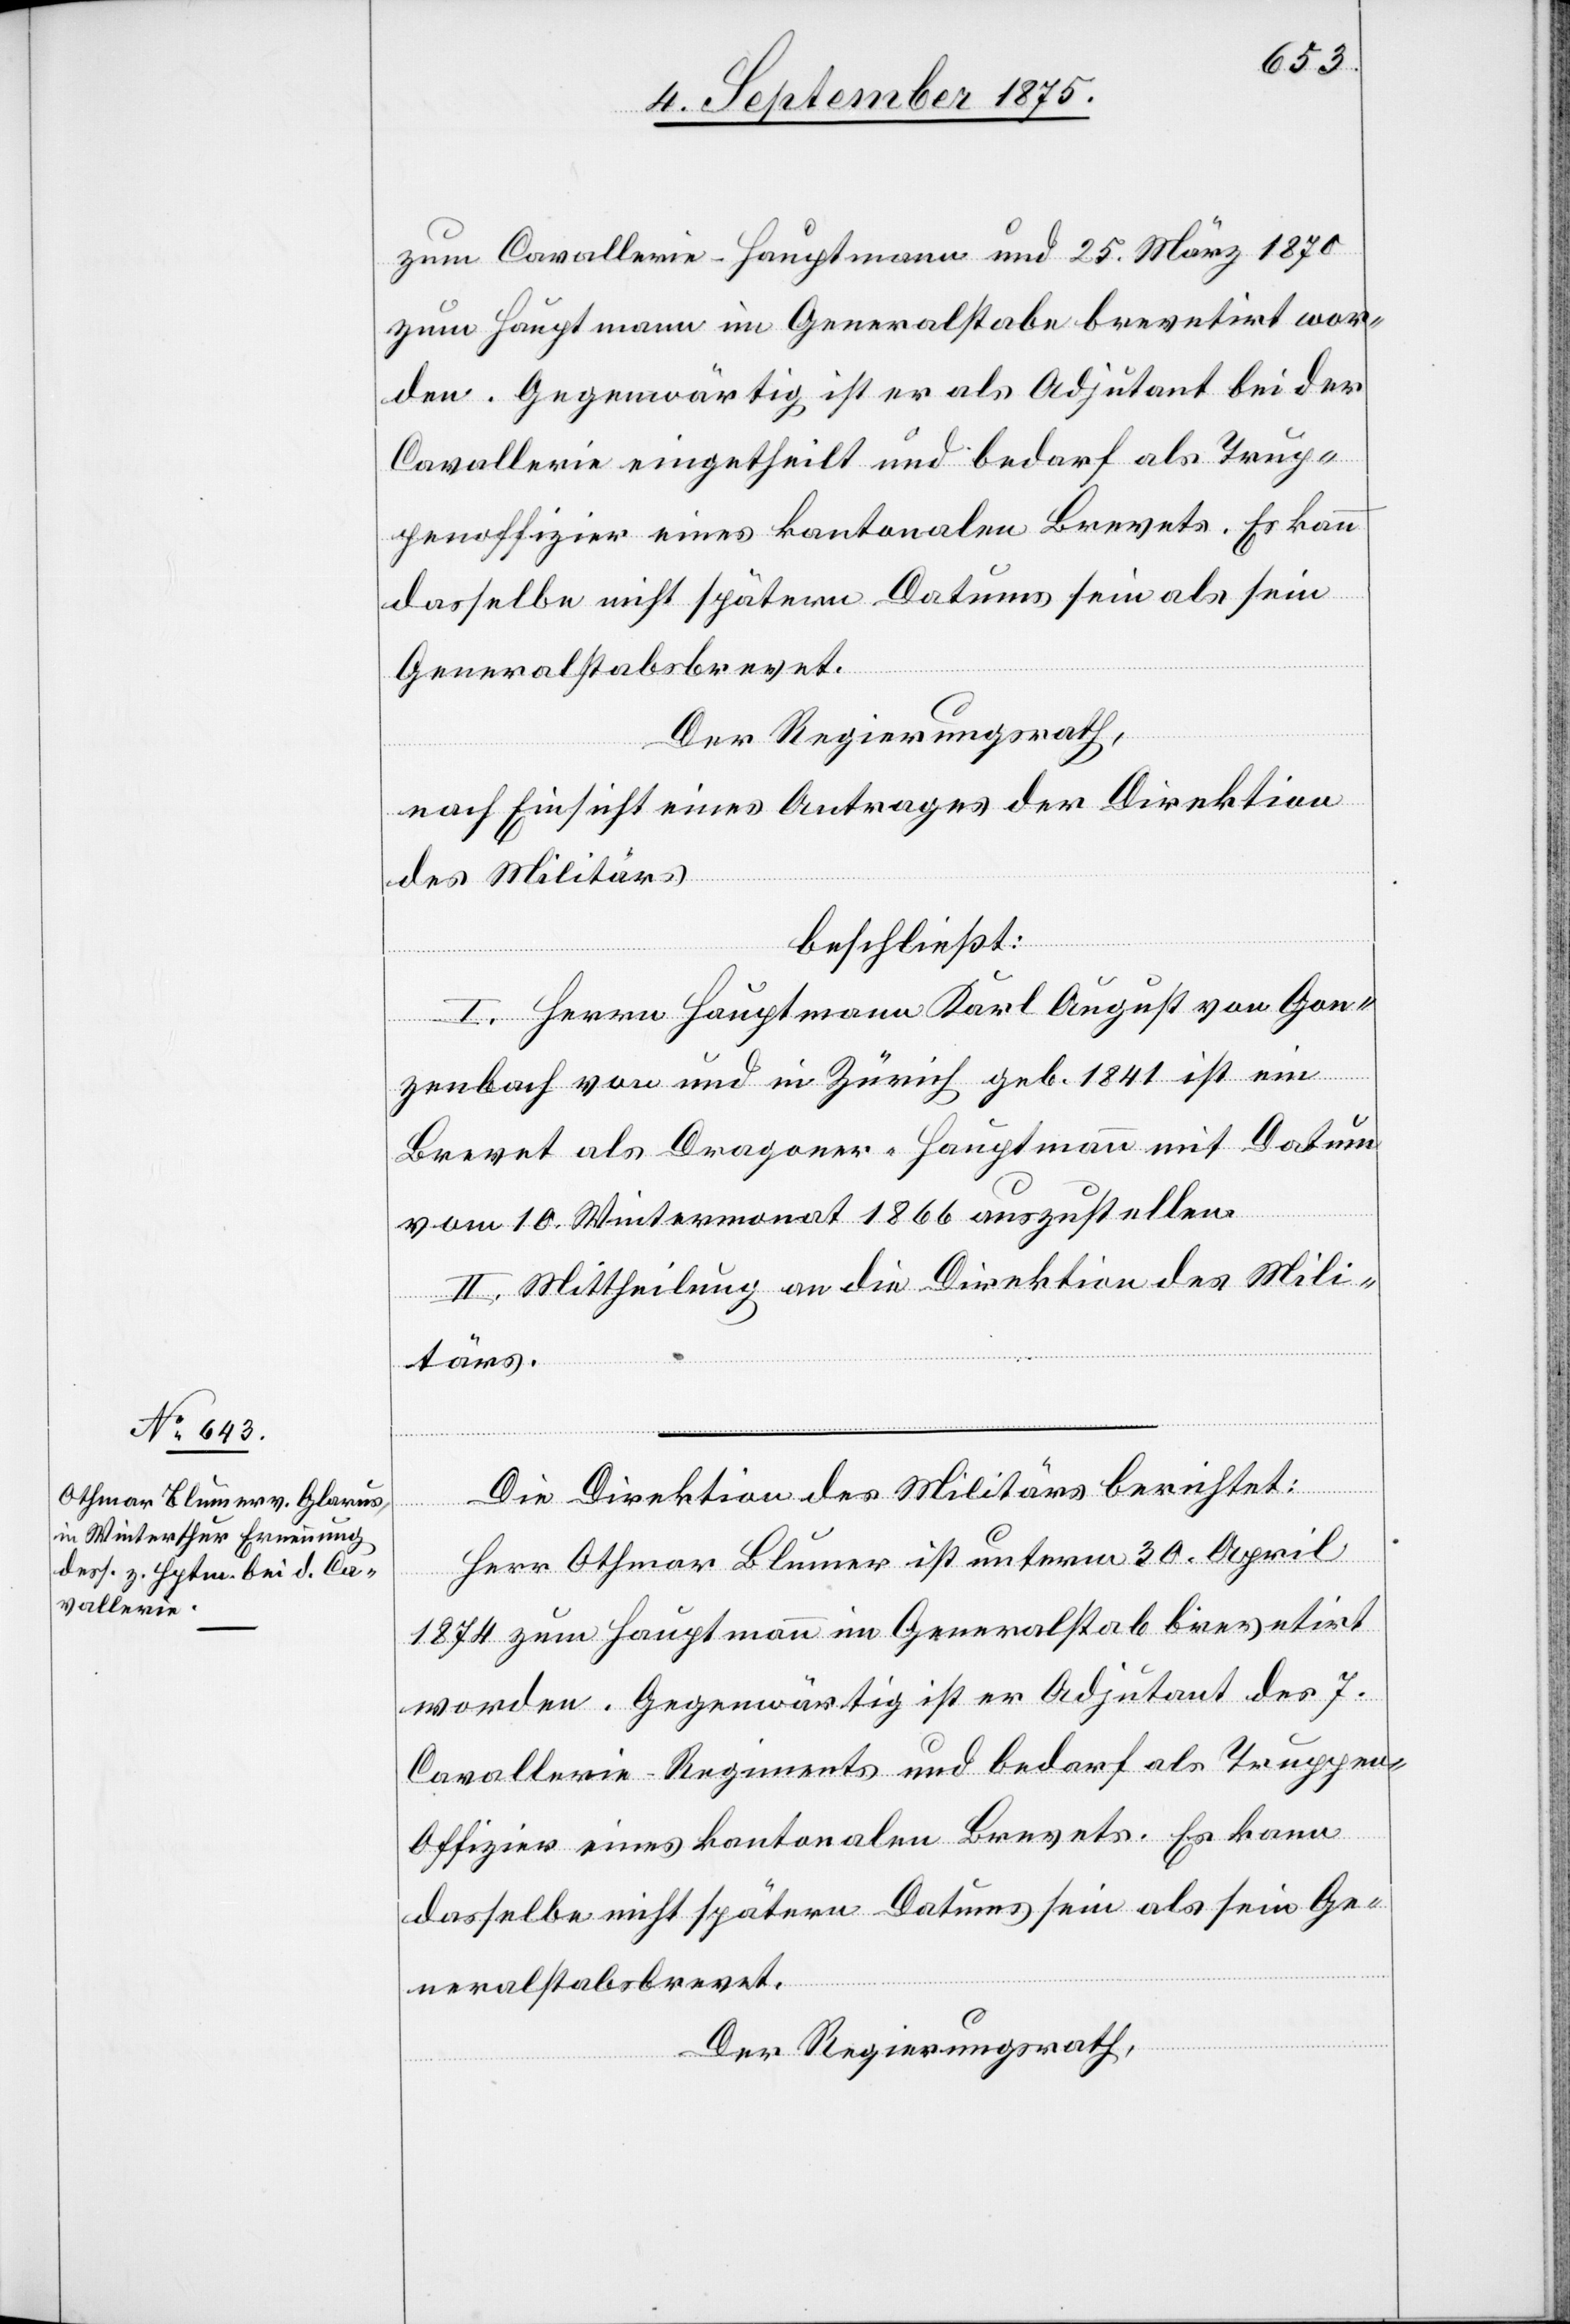
10. September 1875.]
zum Cavallerie-Hauptmann und 25. März 1870
zum Hauptmann im Generalstabe brevetirt wor¬
den. Gegenwärtig ist er als Adjutant bei der
Cavallerie eingetheilt und bedarf als Trup¬
penoffizier eines kantonalen Brevets. Es kann
dasselbe nicht spätern Datums sein als sein
Generalstabsbrevet.
fügungen.
Der Regierungsrath,
nach Einsicht eines Antrages der Direktion
des Militärs
beschließt:
I. Herrn Hauptmann Karl August von Gon¬
zenbach von und in Zürich geb. 1841 ist ein
Brevet als Dragoner-Hauptmann mit Datum
vom 10. Wintermonat 1866 auszustellen.
II. Mittheilung an die Direktion des Mili¬
tärs.
Die Direktion des Militärs berichtet:
Herr Othmar Blumer ist unterm 30. April
1874 zum Hauptmann im Generalstab brevetirt
worden. Gegenwärtig ist er Adjutant des 7.
Cavallerie-Regiments und bedarf als Truppe¬
n-Offizier eines kantonalen Brevets. Es kann
Der Regierungsrath,